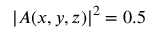
| A ( x , y , z ) | ^ { 2 } = 0 . 5